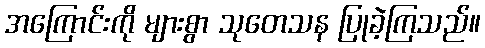
အကြောင်းကို များစွာ သုတေသန ပြုခဲ့ကြသည်။